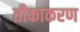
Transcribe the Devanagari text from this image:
तीकाकरण